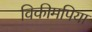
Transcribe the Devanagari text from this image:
विकीमपिया